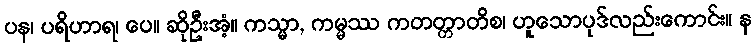
ပန၊ ပရိဟာရ၊ ပေ။ ဆိုဦးအံ့။ ကသ္မာ, ကမ္မဿ ကတတ္တာတိစ၊ ဟူသောပုဒ်လည်းကောင်း။ န